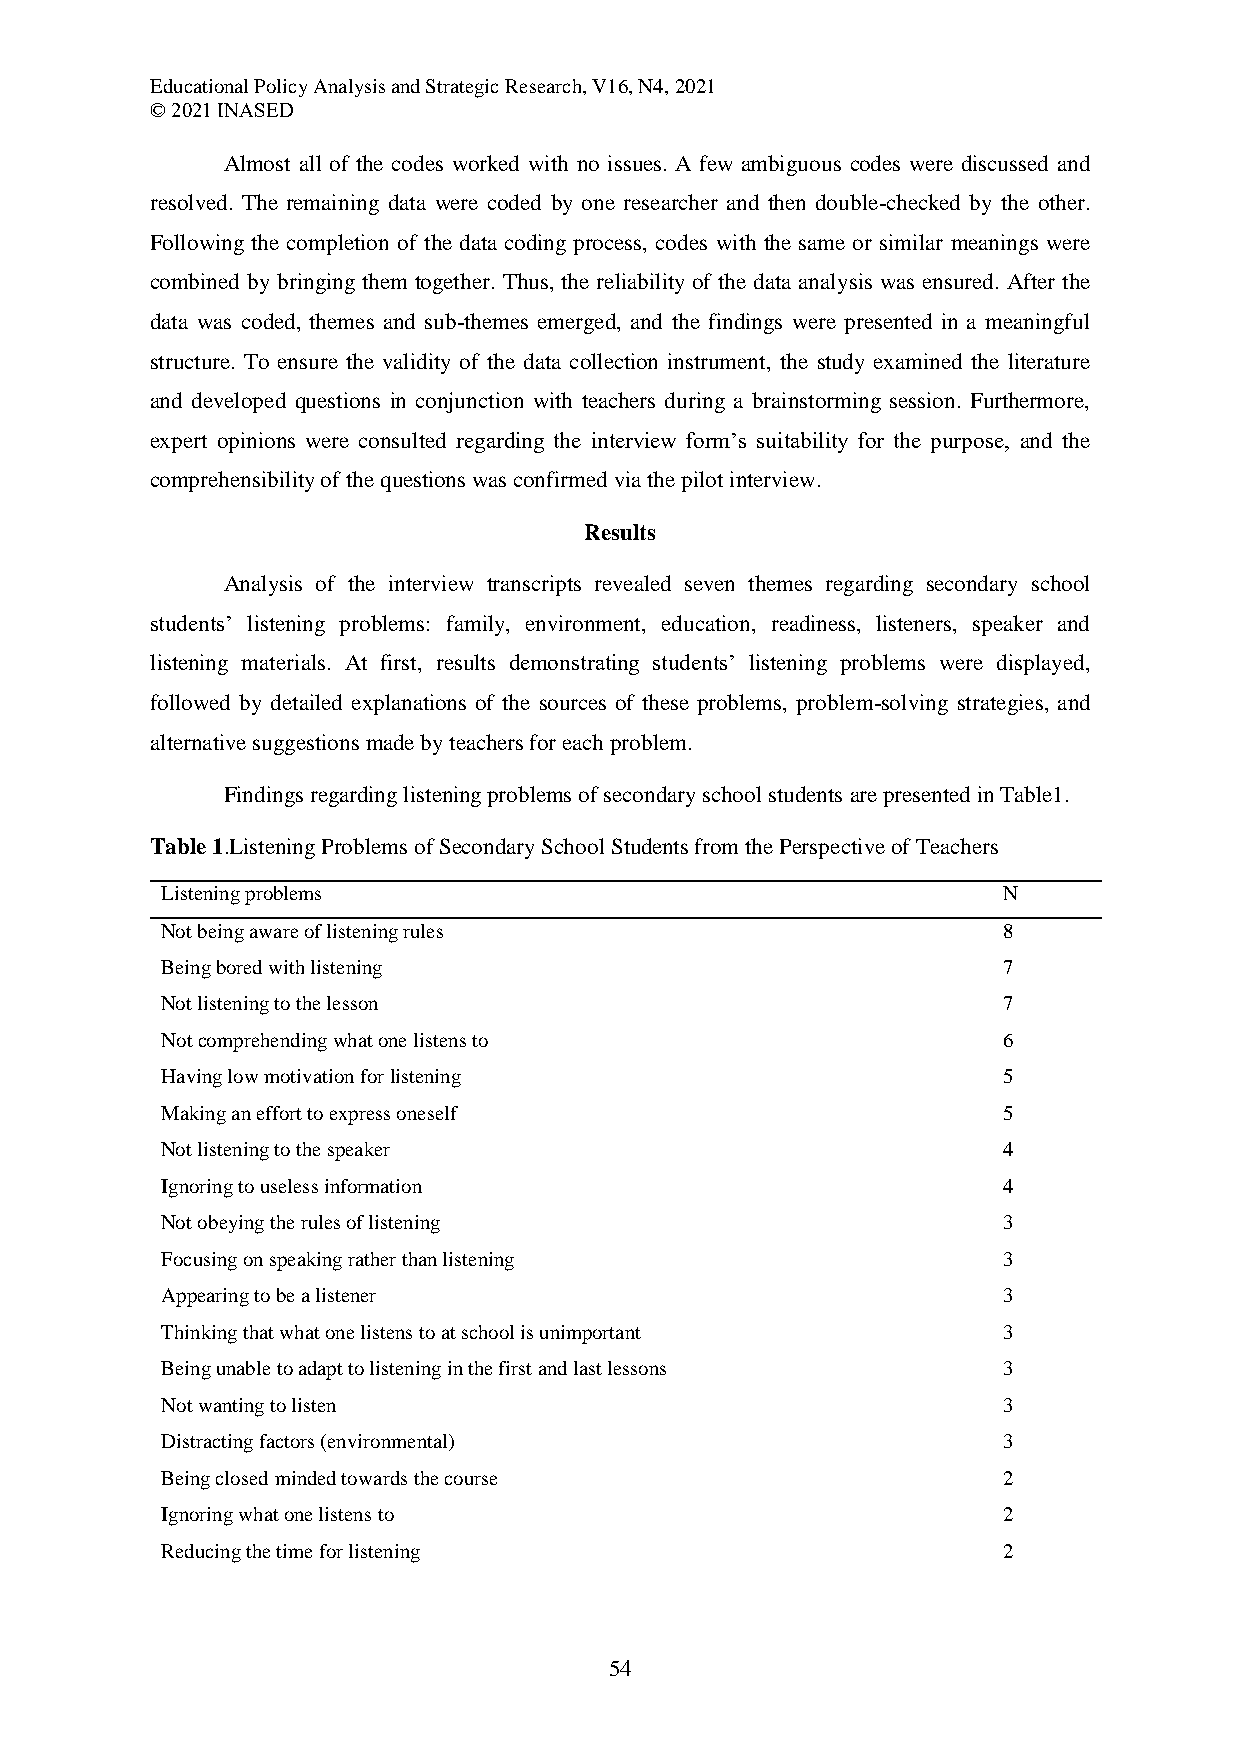
Educational Policy Analysis and Strategic Research, V16, N4, 2021
 © 2021 INASED
 Almost all of the codes worked with no issues. A few ambiguous codes were discussed and
 resolved. The remaining data were coded by one researcher and then double-checked by the other.
 Following the completion of the data coding process, codes with the same or similar meanings were
 combined by bringing them together. Thus, the reliability of the data analysis was ensured. After the
 data was coded, themes and sub-themes emerged, and the findings were presented in a meaningful
 structure. To ensure the validity of the data collection instrument, the study examined the literature
 and developed questions in conjunction with teachers during a brainstorming session. Furthermore,
 expert opinions were consulted regarding the interview form’s suitability for the purpose, and the
 comprehensibility of the questions was confirmed via the pilot interview.
 Results
 Analysis of the interview transcripts revealed seven themes regarding secondary school
 students’ listening problems: family, environment, education, readiness, listeners, speaker and
 listening materials. At first, results demonstrating students’ listening problems were displayed,
 followed by detailed explanations of the sources of these problems, problem-solving strategies, and
 alternative suggestions made by teachers for each problem.
 Findings regarding listening problems of secondary school students are presented in Table1.
 Table 1.Listening Problems of Secondary School Students from the Perspective of Teachers
 Listening problems                                     N
 Not being aware of listening rules                     8
 Being bored with listening                             7
 Not listening to the lesson                            7
 Not comprehending what one listens to                  6
 Having low motivation for listening                    5
 Making an effort to express oneself                    5
 Not listening to the speaker                           4
 Ignoring to useless information                        4
 Not obeying the rules of listening                     3
 Focusing on speaking rather than listening             3
 Appearing to be a listener                             3
 Thinking that what one listens to at school is unimportant 3
 Being unable to adapt to listening in the first and last lessons 3
 Not wanting to listen                                  3
 Distracting factors (environmental)                    3
 Being closed minded towards the course                 2
 Ignoring what one listens to                           2
 Reducing the time for listening                        2
 54